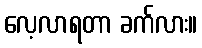
လေ့လာရတာ ခက်လား။